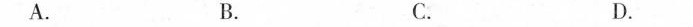
A。 B。 C。 D。